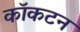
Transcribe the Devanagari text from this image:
कॉकटन